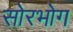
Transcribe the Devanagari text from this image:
सोरभोग